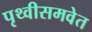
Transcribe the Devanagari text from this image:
पृथ्वीसमवेत